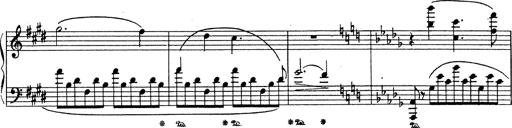
Title: Grosses Konzertsolo
Composer: Franz Liszt